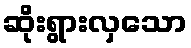
ဆိုးရွားလှသော